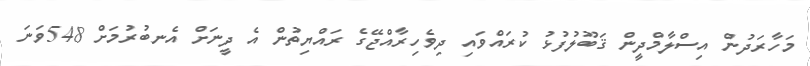
މަހާރަދުން އިސްލާމްދީން ޤަބޫލުފުޅު ކުރައްވައި ދިވެހިރާއްޖޭގެ ރައްޔިތުން އެ ދީނަށް އެނބުރުމަށް 548ވަނަ